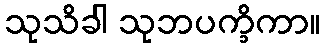
သုသိခါ သုဘပက္ခိကာ။